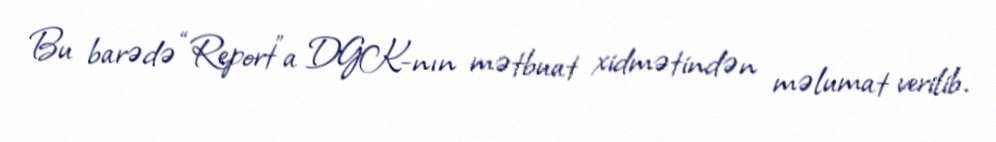
Bu barədə “Report”a DGK-nın mətbuat xidmətindən məlumat verilib.